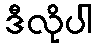
ဒီလိုပါ